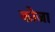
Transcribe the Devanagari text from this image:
कोजा